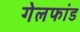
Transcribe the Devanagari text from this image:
गेलफांड